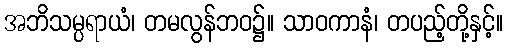
အဘိသမ္ပရာယံ၊ တမလွန်ဘဝ၌။ သာဝကာနံ၊ တပည့်တို့နှင့်။